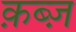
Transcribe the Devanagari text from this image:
क़ब्ज़